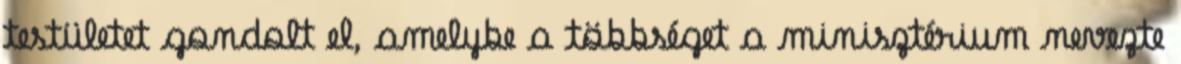
testületet gondolt el, amelybe a többséget a minisztérium nevezte